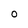
Character: o